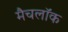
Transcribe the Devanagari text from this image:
मैचलॉक